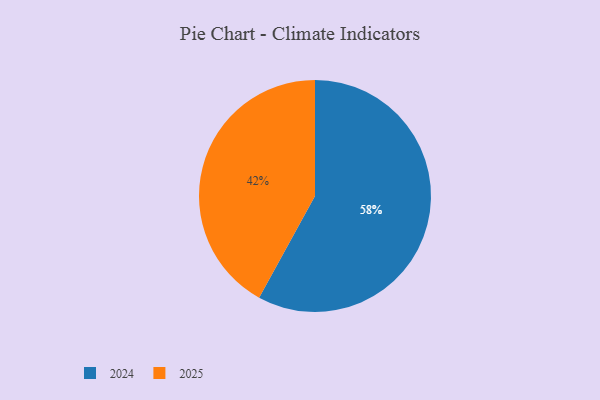
{"axis": {"x": "Category", "y": "Percentage"}, "legend": ["2024", "2025"], "data": [{"x": "2025", "y": 42, "type": "2025"}, {"x": "2024", "y": 58, "type": "2024"}]}